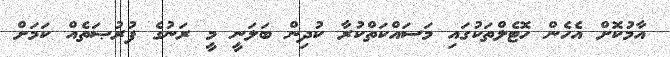
އާމުކޮށް އެހެން ހޮޓެލްތަކުގައި މަސައްކަތްކުރާ ކުދިން ބަލަނީ މީ ރަނުގެ ފުރުޞަތެއް ކަމަށް